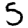
Digit: 5